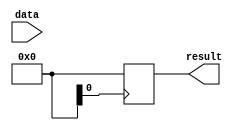
module parameter_assignment_statement #(parameter WIDTH = 8) (
  input [WIDTH-1:0] data,
  output reg [WIDTH-1:0] result
);

always @ (posedge clk)begin
  // Perform some operation based on the parameter WIDTH
  result <= data << WIDTH;
end

endmodule